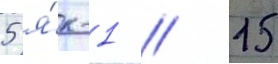
5 я́к-1 // 15